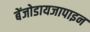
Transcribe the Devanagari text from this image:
बेंजोडायजापाइन